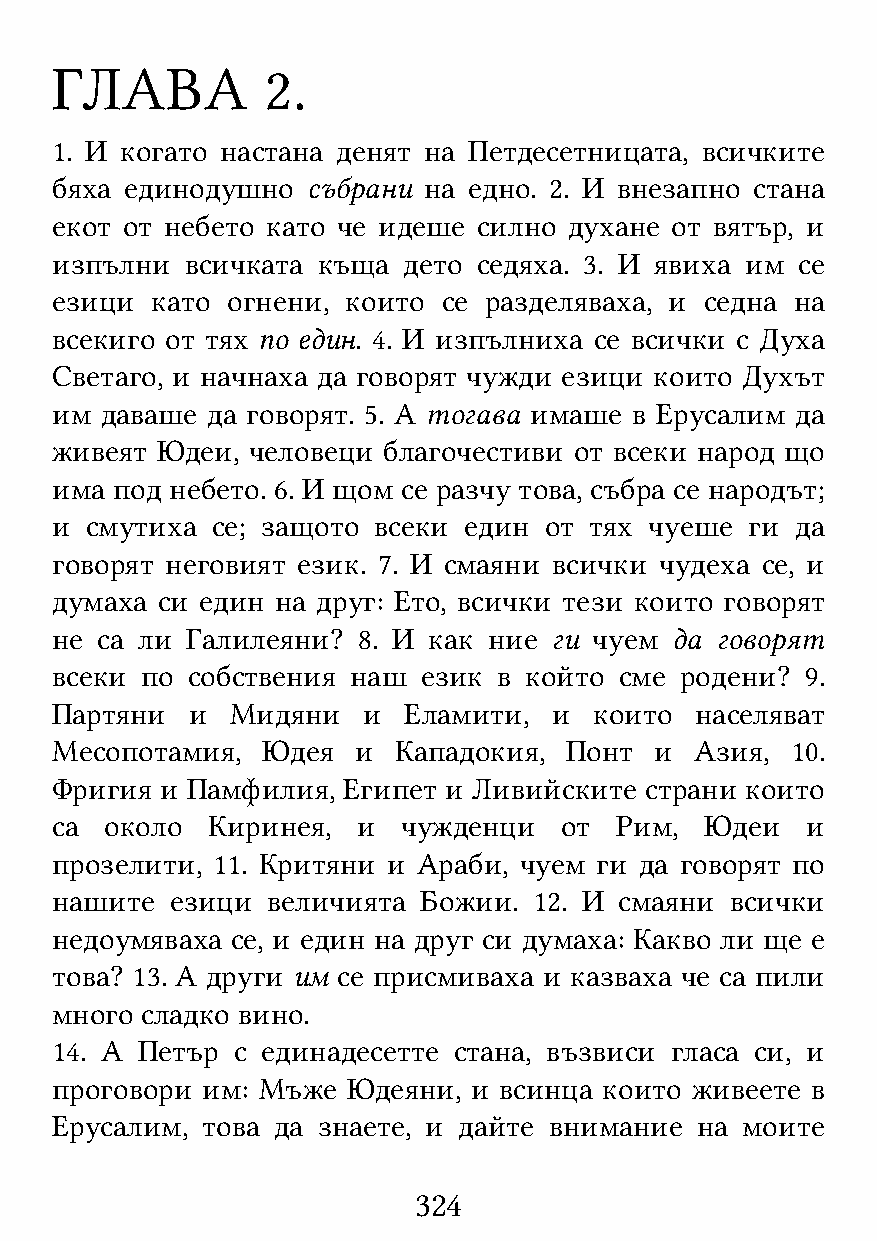
ГЛАВА          2.
 1. И когато настана денят на Петдесетницата, всичките
 бяха единодушно  събрани на едно. 2. И внезапно стана
 екот от небето като че идеше силно духане от вятър, и
 изпълни  всичката къща  дето седяха. 3. И явиха им се
 езици  като огнени, които се разделяваха, и седна на
 всекиго от тях по един. 4. И изпълниха се всички с Духа
 Светаго, и начнаха да говорят чужди езици които Духът
 им  даваше да говорят. 5. А тогава имаше в Ерусалим да
 живеят Юдеи, человеци благочестиви от всеки народ що
 има под небето. 6. И щом се разчу това, събра се народът;
 и  смутиха се; защото всеки един от тях чуеше  ги да
 говорят неговият език. 7. И смаяни всички чудеха се, и
 думаха си един на друг: Ето, всички тези които говорят
 не са ли Галилеяни?  8. И как ние ги чуем да говорят
 всеки по собствения наш  език в който сме родени? 9.
 Партяни  и  Мидяни   и  Еламити,  и които  населяват
 Месопотамия,  Юдея   и Кападокия, Понт  и  Азия, 10.
 Фригия  и Памфилия, Египет и Ливийските страни които
 са  около  Киринея,  и  чужденци  от  Рим,  Юдеи  и
 прозелити, 11. Критяни и Араби, чуем ги да говорят по
 нашите  езици  величията Божии. 12. И смаяни всички
 недоумяваха се, и един на друг си думаха: Какво ли ще е
 това? 13. А други им се присмиваха и казваха че са пили
 много сладко вино.
 14. А Петър с единадесетте стана, възвиси гласа си, и
 проговори им: Мъже  Юдеяни, и всинца които живеете в
 Ерусалим, това да знаете, и дайте внимание на моите
 324